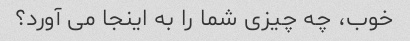
خوب، چه چیزی شما را به اینجا می آورد؟